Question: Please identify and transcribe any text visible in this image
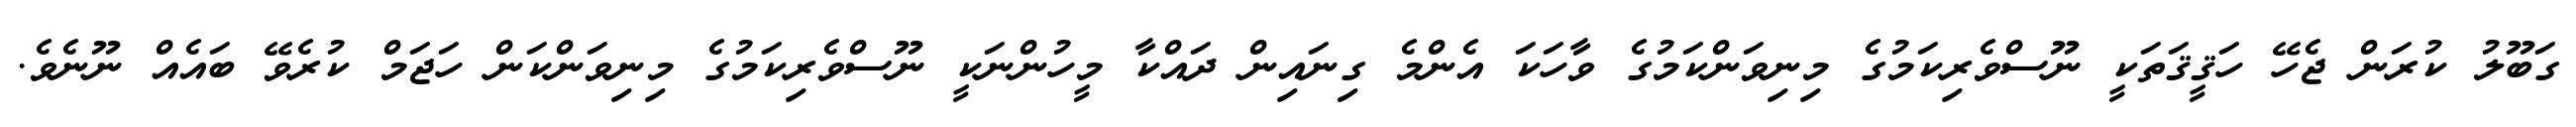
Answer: ގަބޫލު ކުރަން ޖެހޭ ހަޤީޤަތަކީ ނޫސްވެރިކަމުގެ މިނިވަންކަމުގެ ވާހަކަ އެންމެ ގިނައިން ދައްކާ މީހުންނަކީ ނޫސްވެރިކަމުގެ މިނިވަންކަން ހަޖަމް ކުރެވޭ ބައެއް ނޫނެވެ.